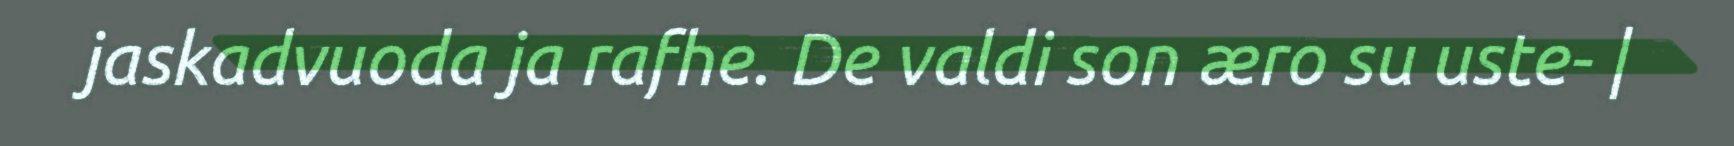
jaskadvuoda ja rafhe. De valdi son æro su uste- |